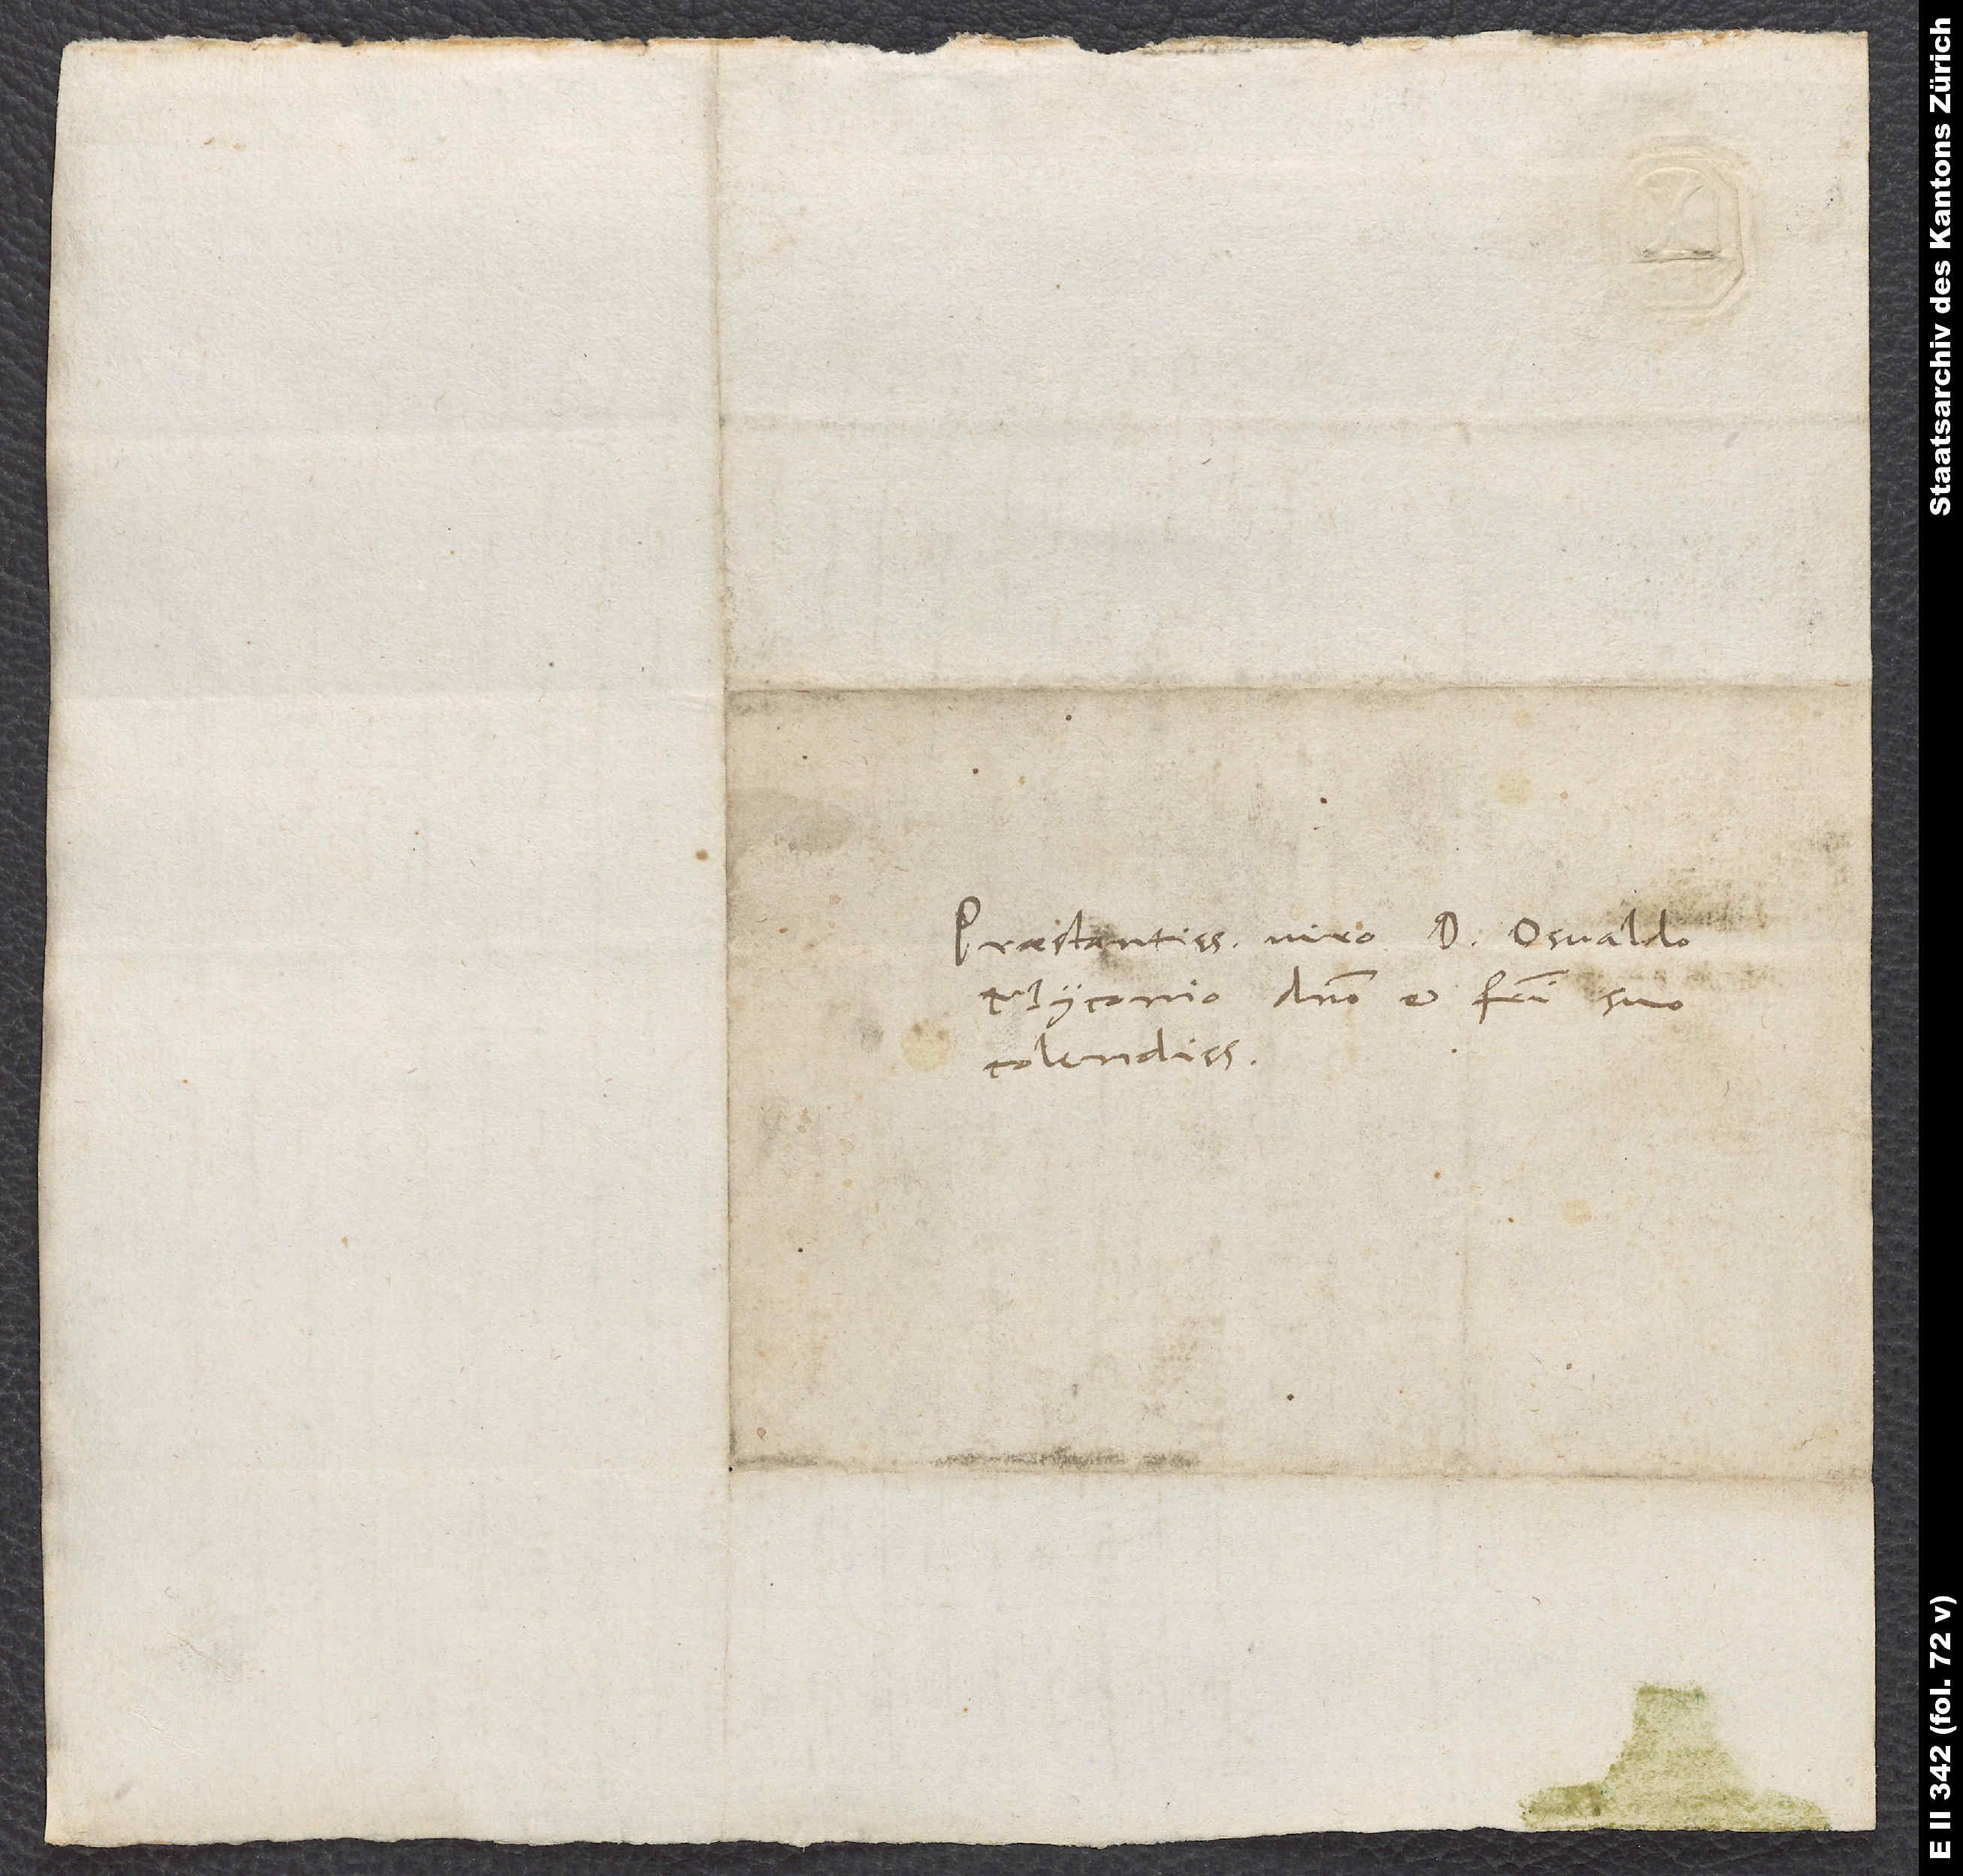
Praestantissimo viro d. Osvaldo
Myconio, domino et fratri suo
colendissimo.